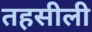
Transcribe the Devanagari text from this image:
तहसीली